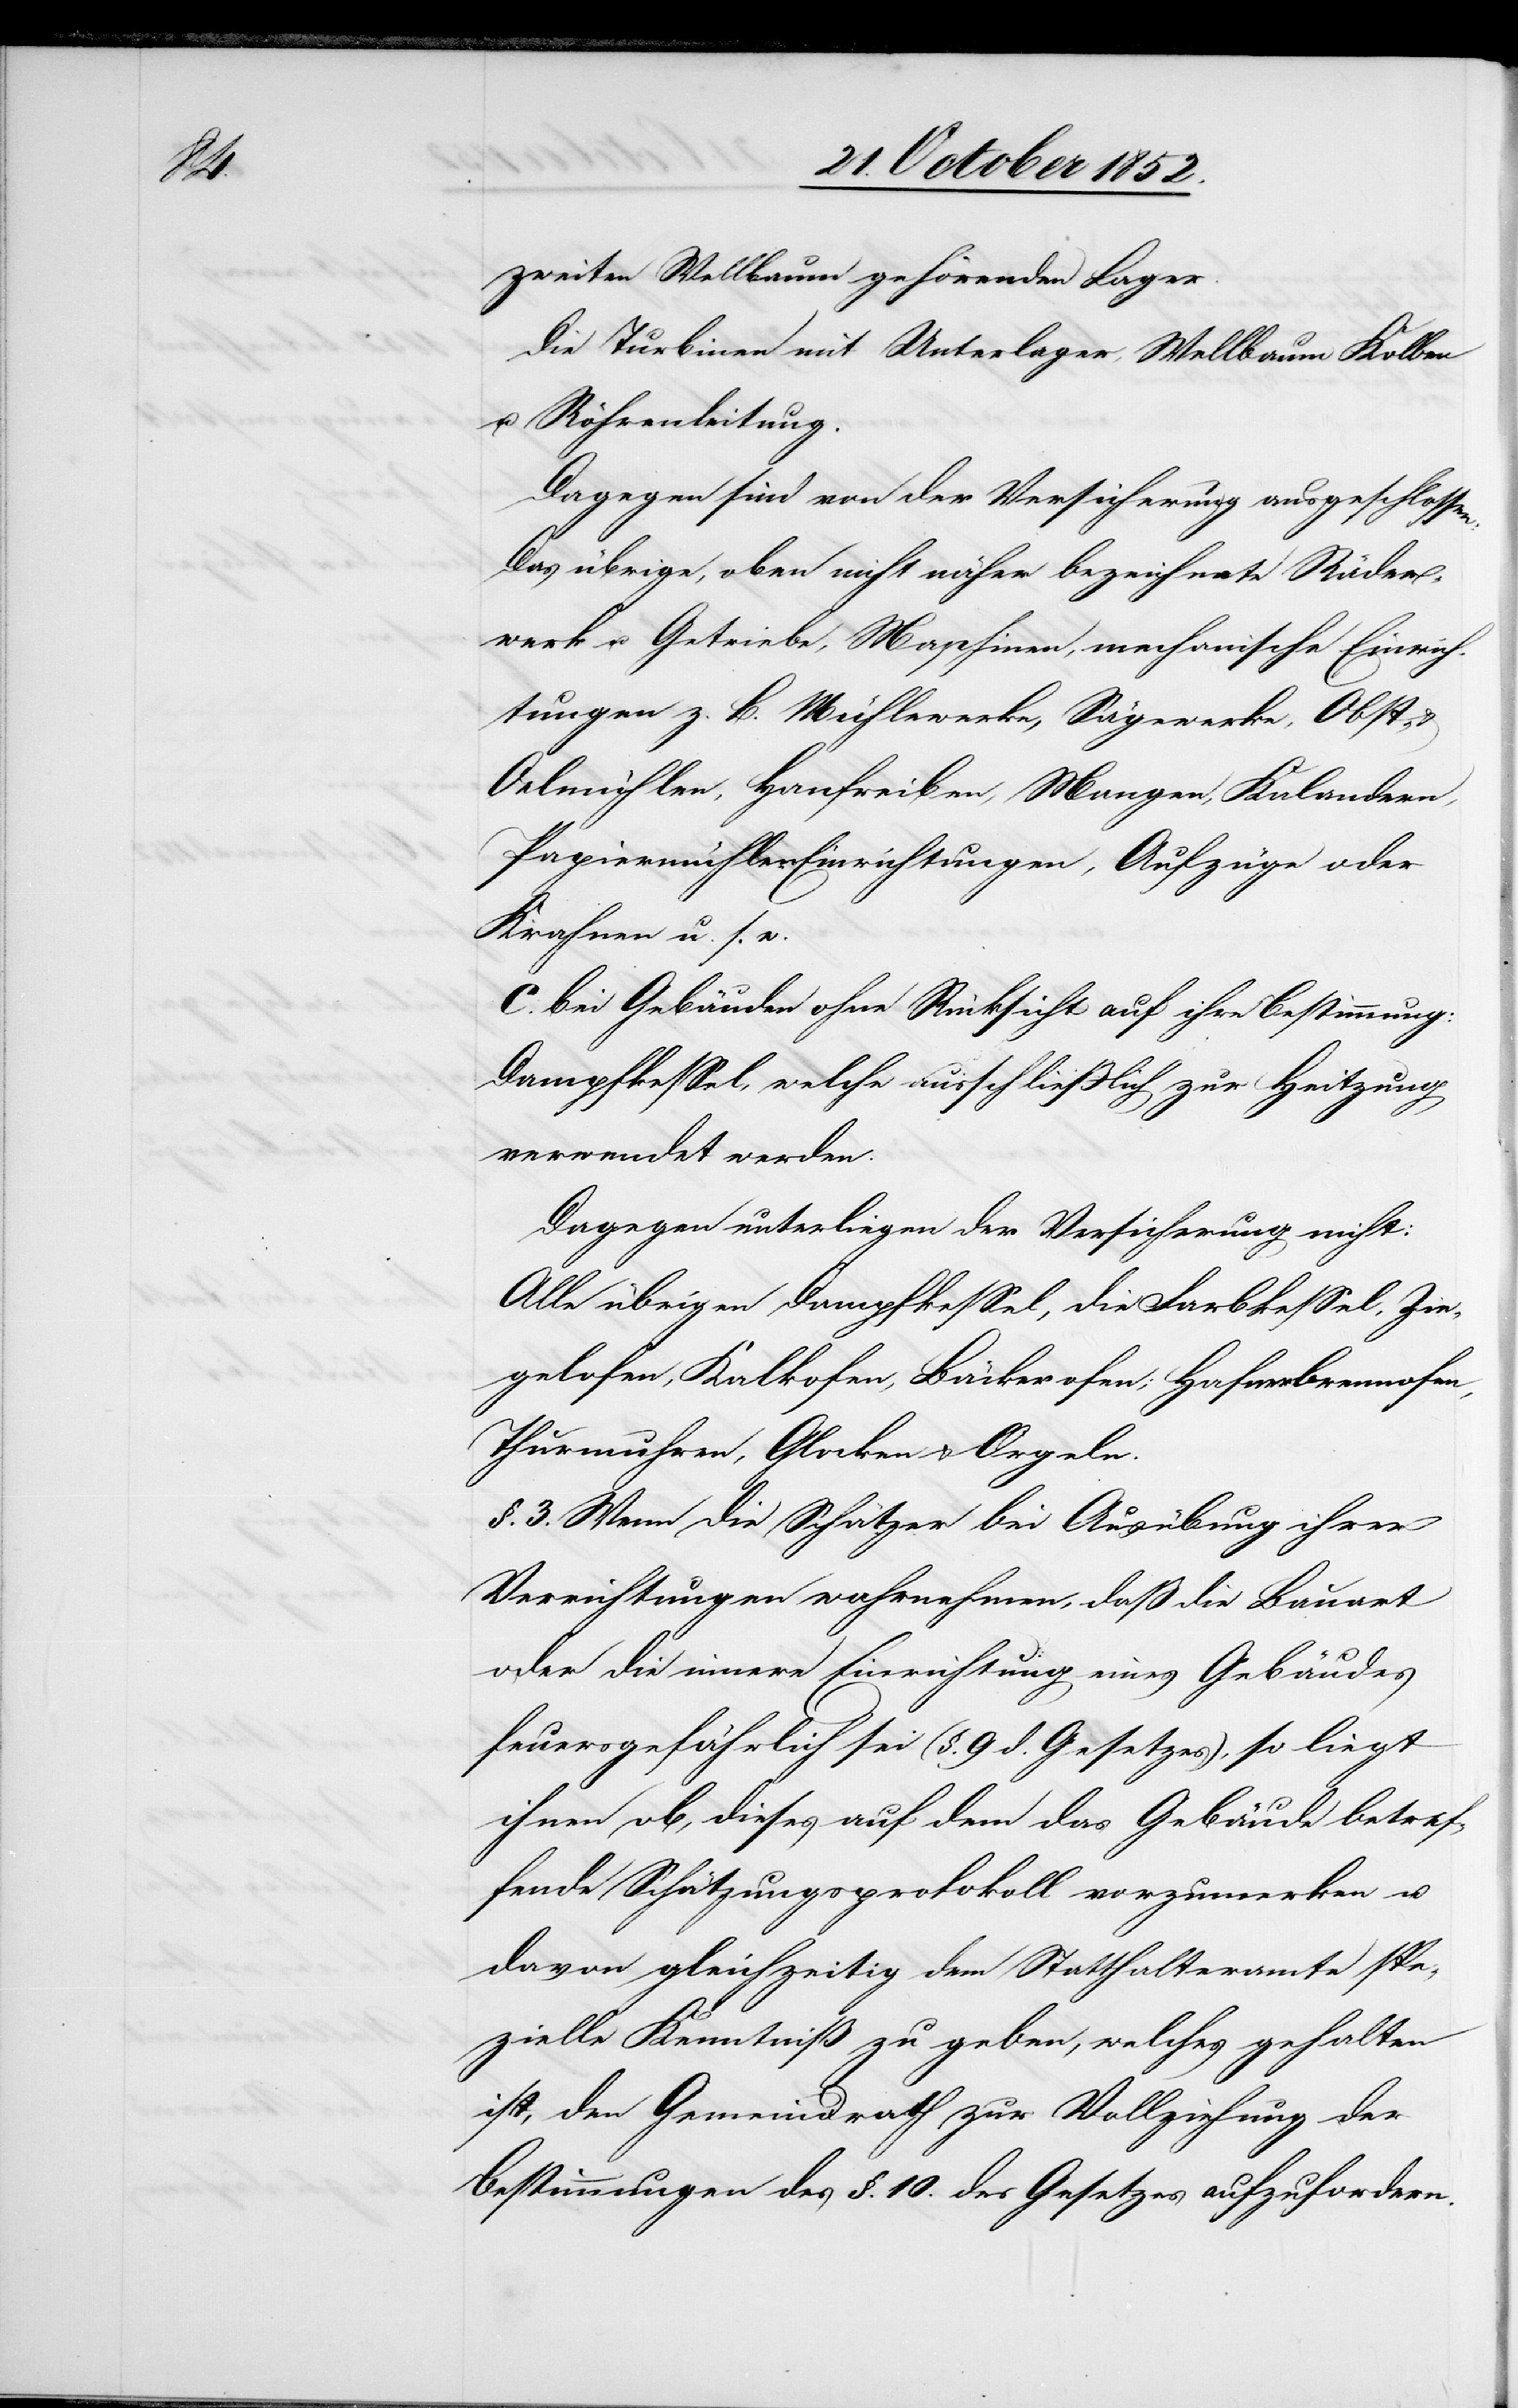
zweiten Wellbaum gehörenden Lager.
Die Turbinen mit Unterlager, Wellbaum[,] Kolben
u. Röhrenleitung.
Dagegen sind von der Versicherung ausgeschlossen:
Das übrige, oben nicht näher bezeichnete Räder¬
werk u. Getriebe, Maschinen, mechanische Einrich¬
tungen z. B. Mühlewerke, Sägewerke, Obst-
Oelmühlen, Hanfreiben, Mangen, Kalandern,
Papiermühlen[-]Einrichtungen, Aufzüge oder
Krahnen u. s. w.
bei Gebäuden ohne Rücksicht auf ihre Bestimmung:
Dampfkessel, welche ausschließich zur Heitzung
verwendet werden.
Dagegen unterliegen der Versicherung nicht:
Alle übrigen Dampfkessel, die Farbkessel, Zie¬
gelofen, Kalkofen, Bäckerofen; Hafnerbrennofen,
Thurmuhren, Glocken & Orgeln.
§. 3. Wenn die Schätzer bei Ausübung ihrer
Verrichtungen wahrnehmen, daß die Bauart
oder die innere Einrichtung eines Gebäudes
feuersgefährlich sei (§. 9 d. Gesetzes), so liegt
ihnen ob, dieses auf dem das Gebäude betref¬
fende Schätzungsprotokoll vorzumerken u.
davon gleichzeitig dem Statthalteramte spe¬
zielle Kenntniß zu geben, welches gehalten
ist, den Gemeindrath zur Vollziehung der
Bestimmungen des §. 10. des Gesetzes aufzufordern.